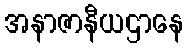
အနာဇာနီယဌာနေ